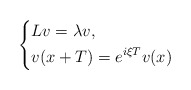
\begin{align*}\left\{\begin{aligned}&Lv=\lambda v,\\&v(x+T)=e^{i\xi T}v(x)\end{aligned}\right.\end{align*}